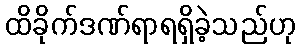
ထိခိုက်ဒဏ်ရာရရှိခဲ့သည်ဟု